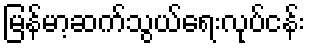
မြန်မာ့ဆက်သွယ်ရေးလုပ်ငန်း